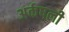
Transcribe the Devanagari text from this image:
अर्कषली